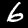
Digit: 6